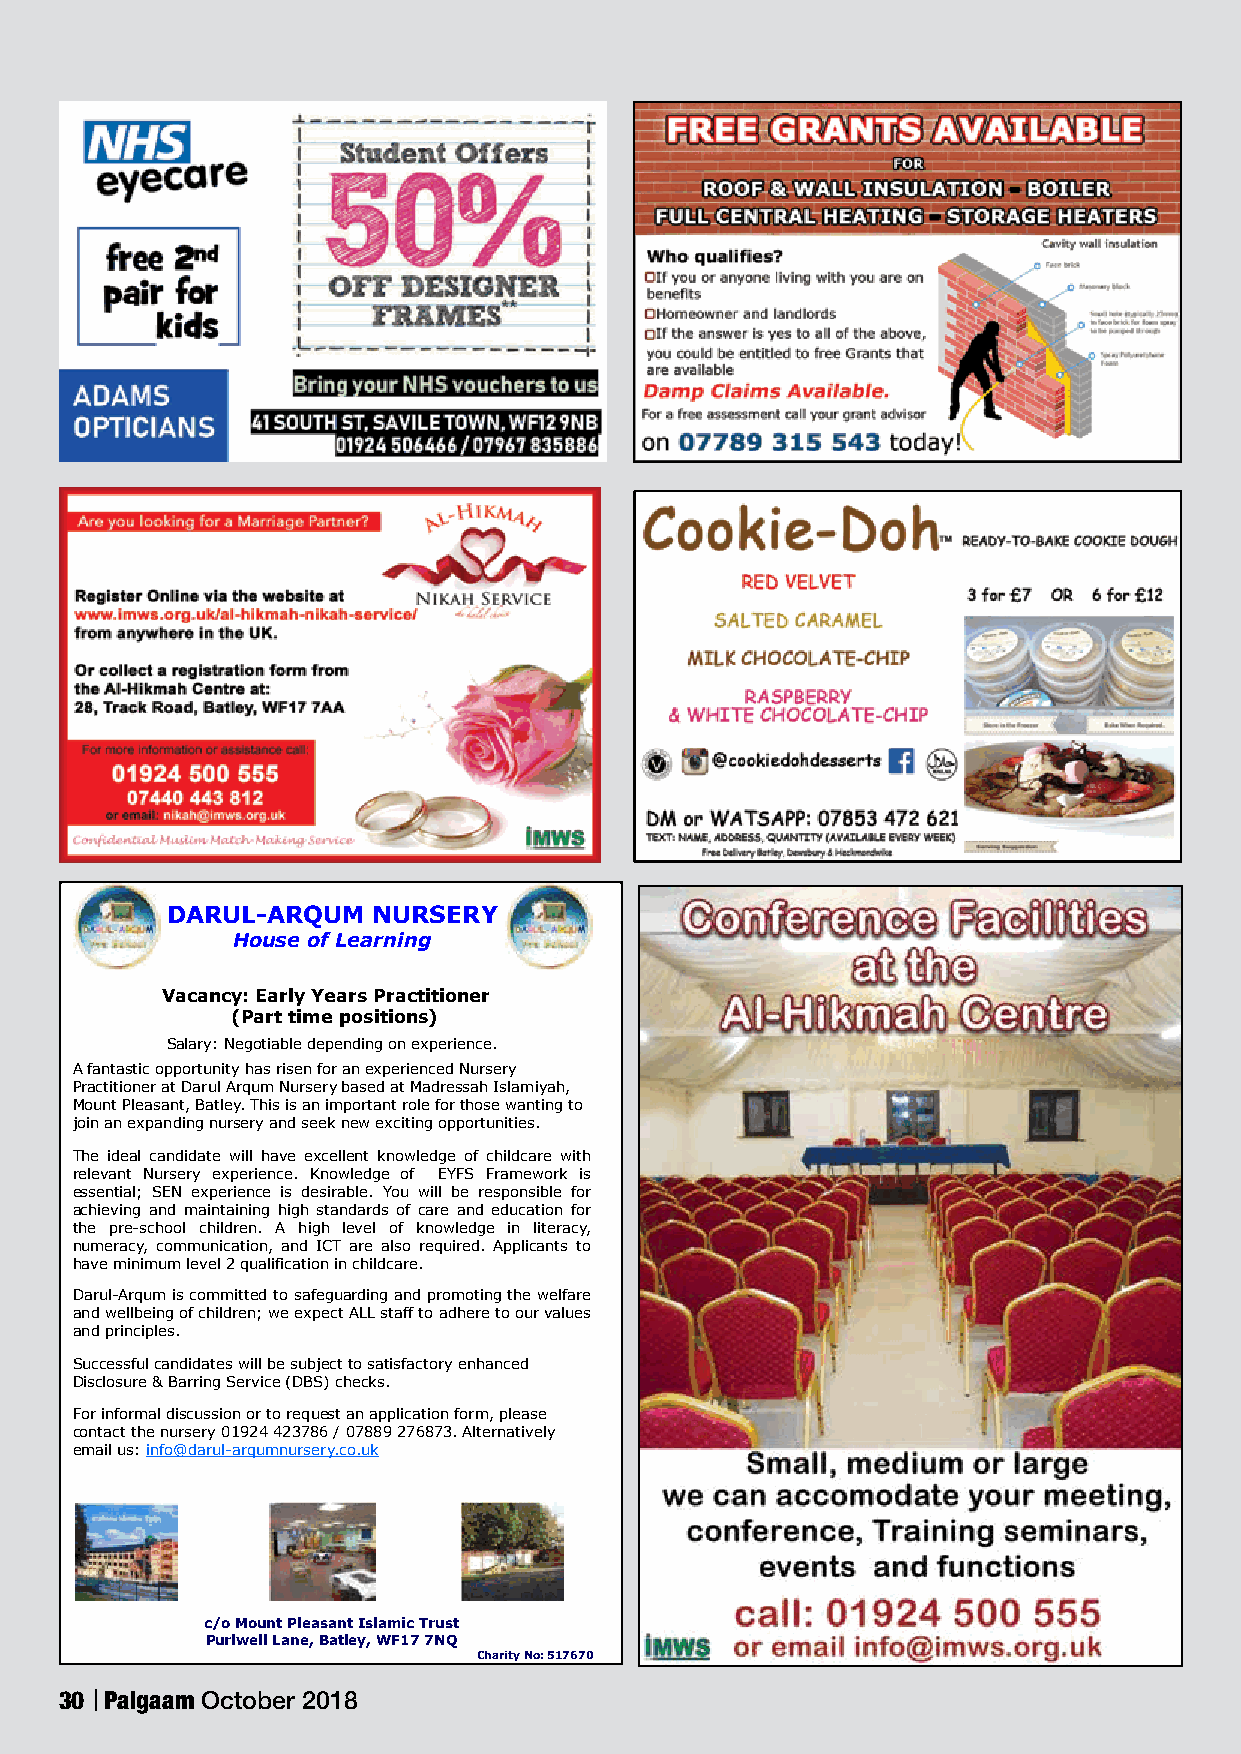
DARUL-ARQUM   NURSERY
 House of Learning
 Vacancy: Early Years Practitioner
 (Part time positions)
 Salary: Negotiable depending on experience.
 A fantastic opportunity has risen for an experienced Nursery
 Practitioner at Darul Arqum Nursery based at Madressah Islamiyah,
 Mount Pleasant, Batley. This is an important role for those wanting to
 join an expanding nursery and seek new exciting opportunities.
 The ideal candidate will have excellent knowledge of childcare with
 relevant Nursery experience. Knowledge of EYFS Framework is
 essential; SEN experience is desirable. You will be responsible for
 achieving and maintaining high standards of care and education for
 the pre-school children. A high level of knowledge in literacy,
 numeracy, communication, and ICT are also required. Applicants to
 have minimum level 2 qualification in childcare.
 Darul-Arqum is committed to safeguarding and promoting the welfare
 and wellbeing of children; we expect ALL staff to adhere to our values
 and principles.
 Successful candidates will be subject to satisfactory enhanced
 Disclosure & Barring Service (DBS) checks.
 For informal discussion or to request an application form, please
 contact the nursery 01924 423786 / 07889 276873. Alternatively
 email us: info@darul-arqumnursery.co.uk
 c/o Mount Pleasant Islamic Trust
 Purlwell Lane, Batley, WF17 7NQ
 Charity No: 517670
 30 Paigaam October 2018